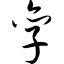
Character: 孪